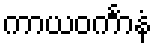
ကာယဝင်္ကာနံ